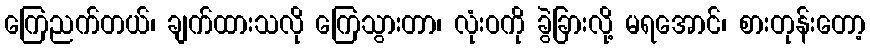
ကြေညက်တယ်၊ ချက်ထားသလို ကြေသွားတာ၊ လုံးဝကို ခွဲခြားလို့ မရအောင်၊ စားတုန်းတော့